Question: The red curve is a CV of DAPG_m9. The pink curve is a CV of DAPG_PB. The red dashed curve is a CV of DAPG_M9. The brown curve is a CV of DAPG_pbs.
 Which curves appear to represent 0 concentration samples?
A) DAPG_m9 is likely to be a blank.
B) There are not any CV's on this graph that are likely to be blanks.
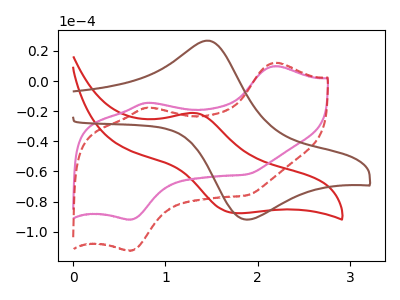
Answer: <think>The red curve "DAPG_m9" has an anodic peak at (1.35V, -21.30uA) and a cathodic peak at (1.75V, -87.75uA). The pink curve "DAPG_PB" has anodic peaks at (2.20V, 9.90uA) (0.80V, -14.40uA) and cathodic peaks at (0.60V, -91.90uA) (1.90V, -61.95uA). The red dashed curve "DAPG_M9" has anodic peaks at (2.20V, 12.15uA) (0.80V, -17.65uA) and cathodic peaks at (0.60V, -112.50uA) (1.90V, -75.90uA). The brown curve "DAPG_pbs" has an anodic peak at (1.45V, 26.80uA) and a cathodic peak at (1.90V, -92.05uA).</think>
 <answer>B) There are not any CV's on this graph that are likely to be blanks.</answer>
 <eval>B</eval>